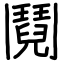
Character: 鬩